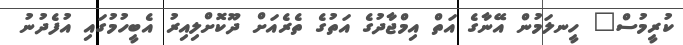
ކުރީމުސް" ހީނލަމުން އޭނާގެ އަތް އިމްޖާދުގެ އަތުގެ ތެރެއަށް ދޫކޮށްލިއިރު އެބީހުމުގައި އުފެދުނު